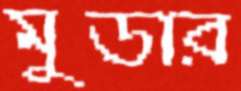
মুডার